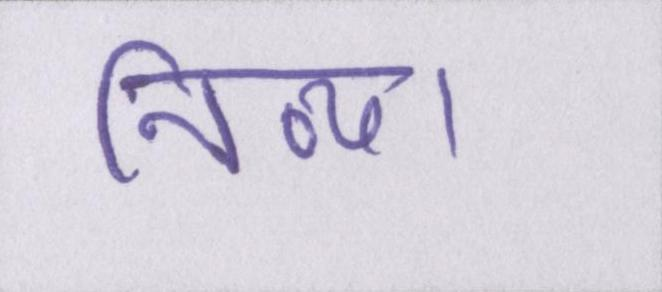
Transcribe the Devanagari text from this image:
निव्या